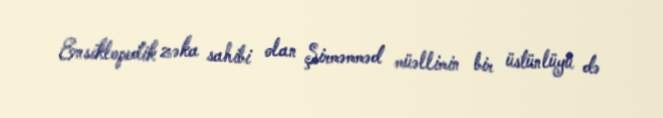
Ensiklopedik zəka sahibi olan Şirməmməd müəllimin bir üstünlüyü də